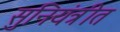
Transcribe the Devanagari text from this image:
सुनियंत्रीत